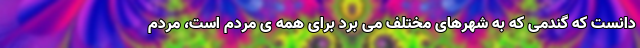
دانست که گندمی که به شهرهای مختلف می برد برای همه ی مردم است، مردم